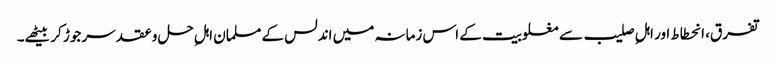
تفرق، انحطاط اور اہلِ صلیب سے مغلوبیت کے اس زمانہ میں اندلس کے مسلمان اہلِ حل وعقد سر جوڑ کر بیٹھے۔